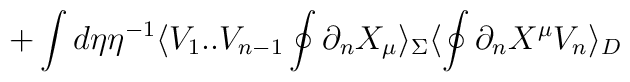
+\int d\eta \eta^{-1}\langle V_1. .V_{n-1}\oint\partial_nX_{\mu}\rangle_\Sigma \langle\oint\partial_nX^{\mu} V_n\rangle_D